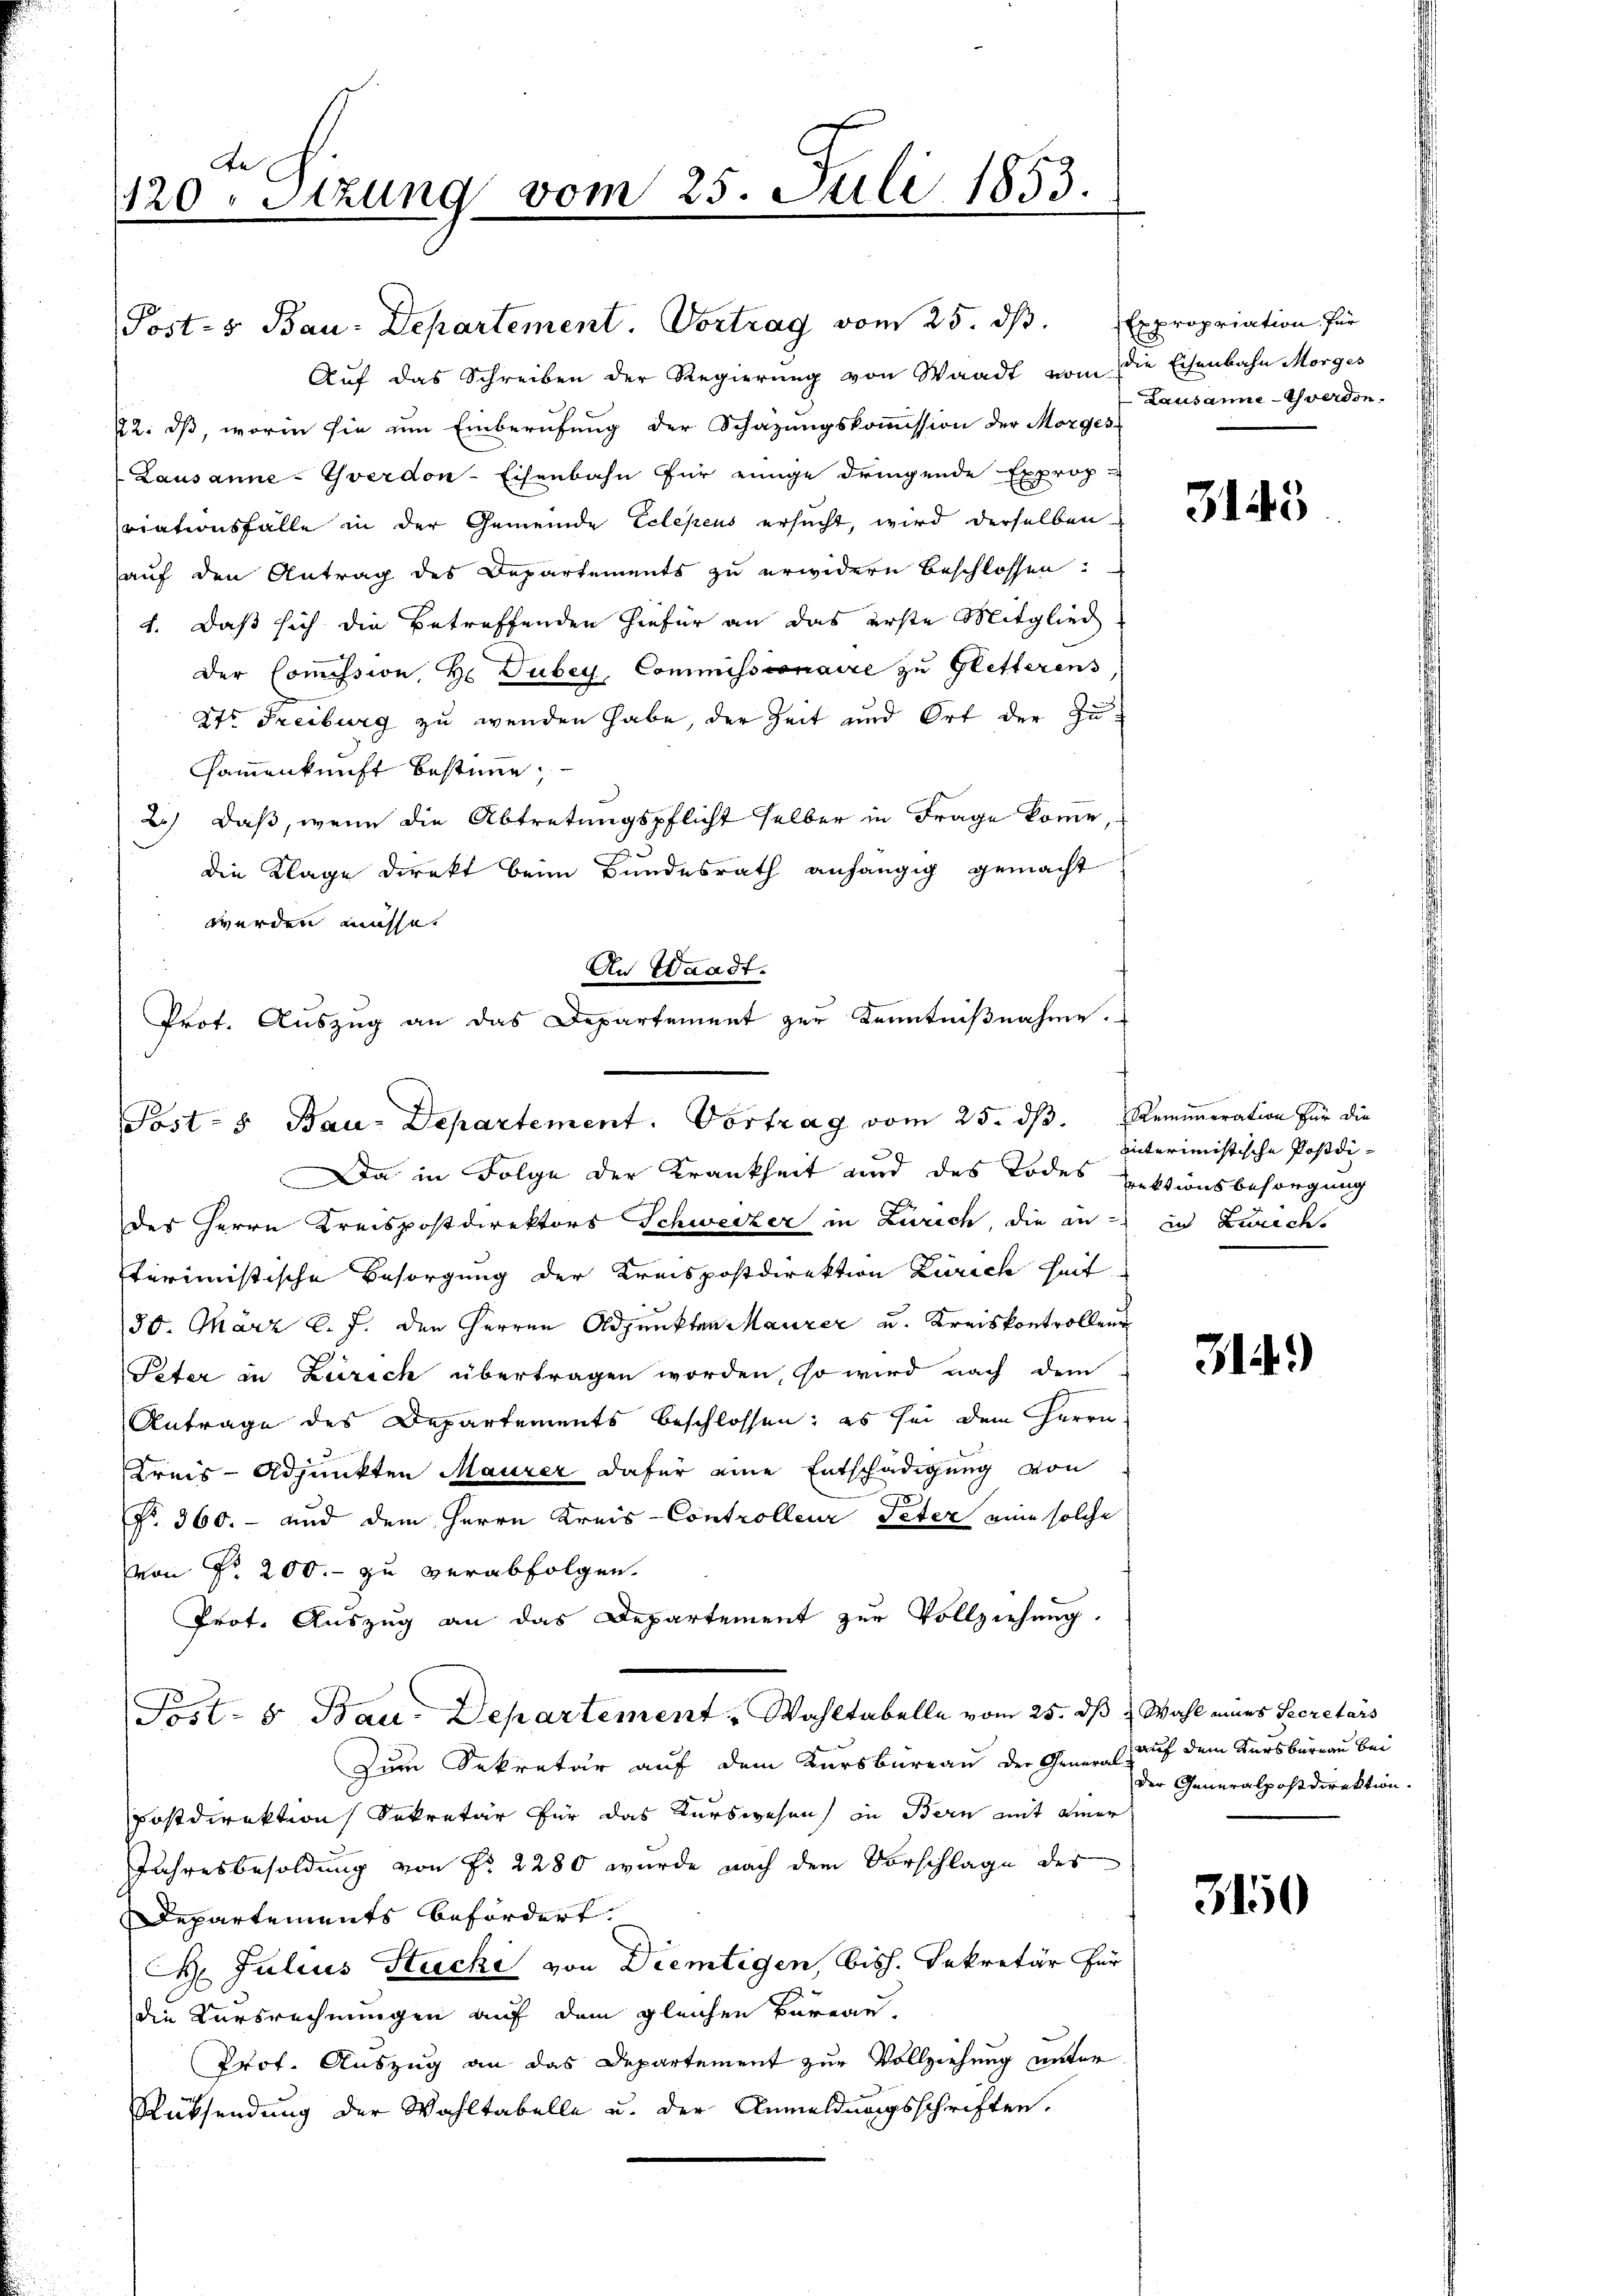
Ae
120. Stzung vom 25. Juli 1853.

Posts Bau-Departement. Vortrag vom 25. ds.
Auf das Schreiben der Regierung von Waadt vom die Eisenbahn Morges
22. ds, worin sie im Einberufung der Schazungskoṁission der Morges
Lausanne - Yverdon-Eisenbahn für einige dringende Exprop
riationsfalle in der Gemeinde Eclepeus ersucht, wird derselben
auf den Antrag des Departements zu erwidern beschlossen:
1. Daß sich die Betreffenden hiefür an das erste Mitglied
der Coṁission, Hr. Dubey, Commissionaire zŭ Gletterens
2tr. Freiburg zu wenden habe, der Zeit und Ort der Zu¬
Hammenkunft bestimme,
2.) Daß, wenn die Abtretungspflicht selber in Frage komme,
.
die Klage direkt beim Bundesrath anhängig gemacht
Da in Folge der Krankheit und des Todes Sektionsbesorgung
des Herrn Kreispostdirektors Schweizer in Zürich, die an in Zurech
terimistische Besorgung der Kreispostdirektion Zürich heit
30. März l. J. den Herren Adjunkten Maurer u. Kreiskontrollen
Peter in Zürich übertragen worden, so wird nach dem
Antrage des Departements beschlossen; es sei dem Herrn
Kreis-Adjunkten Maurer dafür eine Entschädigung von
Nr. 360. - und dem Herrn Kreis-Controlleur Peter eine solche
von Fr. 200.- zu verabfolgen.
Prot. Auszug an das Departement zur Vollziehung.
Post- & Bau-Departement. Wahltabelle vom 25. dß Wahl eines Secretärs
Zum Sekretär auf dem Kursbureau der General-
Postdirektion Sekretär für das Kurswesen in Bern mit einer
Jahresbesoldung von Fr. 2280 wurde nach dem Vorschlage des
Departements befördert
 Julius Stucki von Diemtigen, bish. Sekretär für
die Kursrechnungen auf dem gleichen Bureau-
Prof. Auszug an das Departement zur Vollziehung unter
Rüksendung der Wahltabelle u. der Anmeldungsschriften.

werden müsse.
An Waadt.
Prof. Auszug an das Departement zur Kenntnißnahme.
Post- & Bau-Departement. Vortrag vom 25. dβ.  Remuneration für die

Expropriation für
Lausanne-Yverdon.

3143

interimistische Postdi¬

314)

auf dem Kursburgau bei
der Generalpostdirektion.

3150